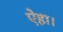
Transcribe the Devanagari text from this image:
ऐहा।